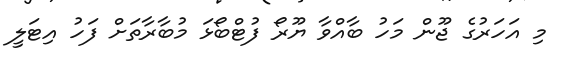
މި އަހަރުގެ ޖޫން މަހު ބާއްވާ ޔޫރޯ ފުޓްބޯޅަ މުބާރާތަށް ފަހު އިޓަލީ